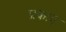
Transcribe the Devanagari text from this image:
प्रकाए